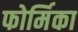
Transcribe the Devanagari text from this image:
फोर्मिका